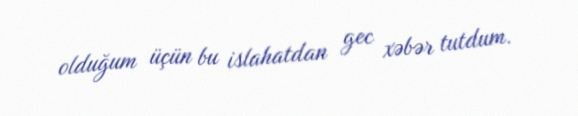
olduğum üçün bu islahatdan gec xəbər tutdum.